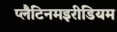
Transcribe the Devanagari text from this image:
प्लैटिनमइरीडियम